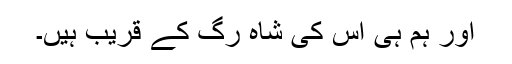
اور ہم ہی اس کی شاہ رگ کے قریب ہیں۔